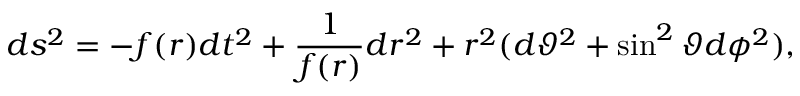
d s ^ { 2 } = - f ( r ) d t ^ { 2 } + \frac { 1 } { f ( r ) } d r ^ { 2 } + r ^ { 2 } ( d \vartheta ^ { 2 } + \sin ^ { 2 } \vartheta d \phi ^ { 2 } ) ,